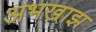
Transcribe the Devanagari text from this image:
अभखाझ